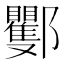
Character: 䣤